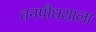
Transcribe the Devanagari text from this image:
वनपौधशाला